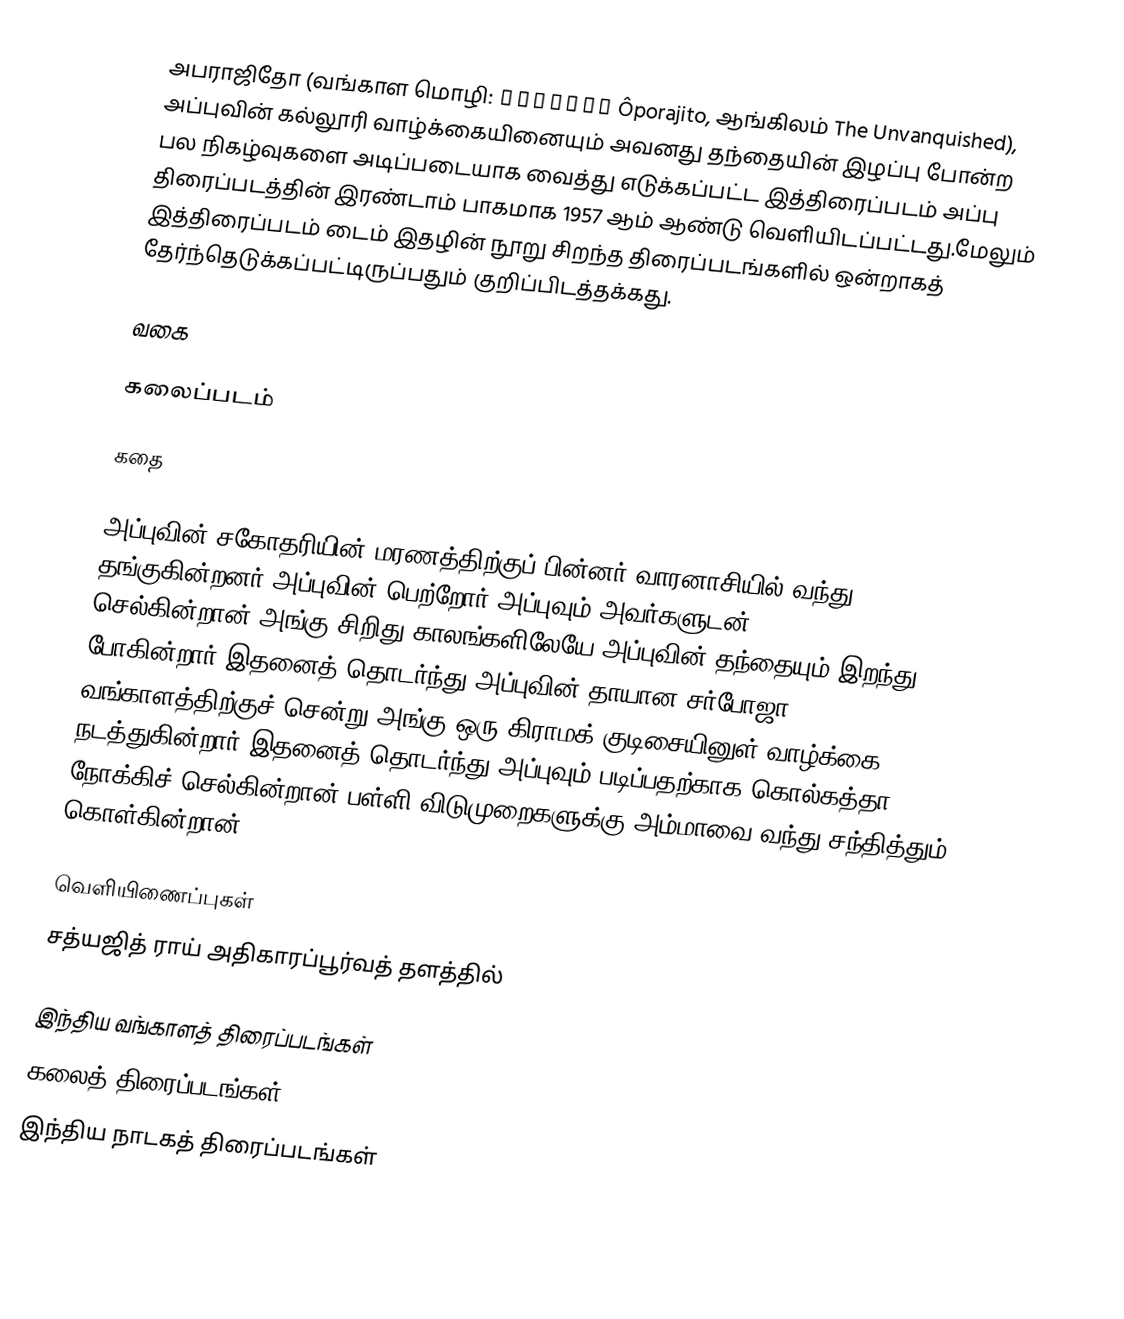
அபராஜிதோ (வங்காள மொழி: অপরাজিত Ôporajito, ஆங்கிலம் The Unvanquished), அப்புவின் கல்லூரி வாழ்க்கையினையும் அவனது தந்தையின் இழப்பு போன்ற பல நிகழ்வுகளை அடிப்படையாக வைத்து எடுக்கப்பட்ட இத்திரைப்படம் அப்பு திரைப்படத்தின் இரண்டாம் பாகமாக 1957 ஆம் ஆண்டு வெளியிடப்பட்டது.மேலும் இத்திரைப்படம் டைம் இதழின் நூறு சிறந்த திரைப்படங்களில் ஒன்றாகத் தேர்ந்தெடுக்கப்பட்டிருப்பதும் குறிப்பிடத்தக்கது.

வகை

கலைப்படம்

கதை

அப்புவின் சகோதரியின் மரணத்திற்குப் பின்னர் வாரனாசியில் வந்து தங்குகின்றனர் அப்புவின் பெற்றோர் அப்புவும் அவர்களுடன் செல்கின்றான்.அங்கு சிறிது காலங்களிலேயே அப்புவின் தந்தையும் இறந்து போகின்றார்.இதனைத் தொடர்ந்து அப்புவின் தாயான சர்போஜா வங்காளத்திற்குச் சென்று அங்கு ஒரு கிராமக் குடிசையினுள் வாழ்க்கை நடத்துகின்றார்.இதனைத் தொடர்ந்து அப்புவும் படிப்பதற்காக கொல்கத்தா நோக்கிச் செல்கின்றான்.பள்ளி விடுமுறைகளுக்கு அம்மாவை வந்து சந்தித்தும் கொள்கின்றான்.

வெளியிணைப்புகள்
 சத்யஜித் ராய் அதிகாரப்பூர்வத் தளத்தில்

இந்திய வங்காளத் திரைப்படங்கள்
கலைத் திரைப்படங்கள்
இந்திய நாடகத் திரைப்படங்கள்